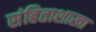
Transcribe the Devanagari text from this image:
संहिताशाखा